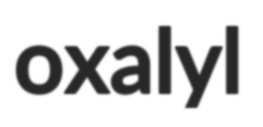
oxalyl